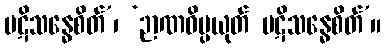
ပဋိသန္ဓေစိတ်’၊ ‘ဉာဏဝိပ္ပယုတ် ပဋိသန္ဓေစိတ်’။